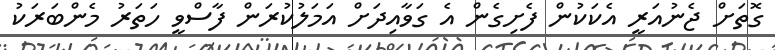
ގޮތަށް ޖެނުއަރީ އެކަކުން ފެށިގެން އެ ގަވާއިދަށް އަމަލުކުރަން ފާސްވީ ހަތަރު މެންބަރަކު